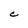
Character: C